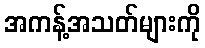
အကန့်အသတ်များကို